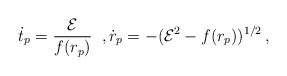
\begin{align*}\dot{t}_p=\frac{\cal E}{f(r_p)}\;\;,\dot{r}_p=-({\cal E}^2-f(r_p))^{1/2}\,,\end{align*}